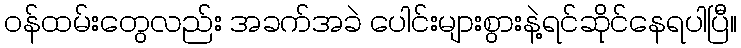
ဝန်ထမ်းတွေလည်း အခက်အခဲ ပေါင်းများစွားနဲ့ရင်ဆိုင်နေရပါပြီ။